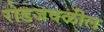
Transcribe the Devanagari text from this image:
रोडजवळील